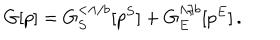
LaTeX: G [ p ] = G _ { S } ^ { < \Lambda / b } [ p ^ { S } ] + G _ { E } ^ { \Lambda / b } [ p ^ { E } ] \, .